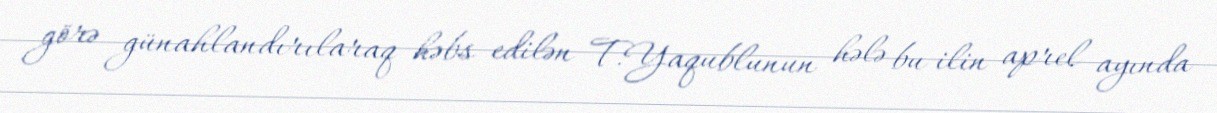
görə günahlandırılaraq həbs edilən T.Yaqublunun hələ bu ilin aprel ayında